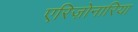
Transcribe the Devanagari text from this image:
एरिज़ोनारिया